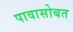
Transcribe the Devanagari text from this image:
पावासोबत